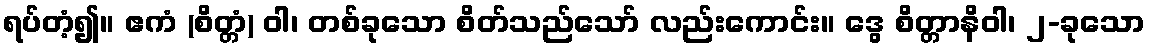
ရပ်တံ့၍။ ဧကံ (စိတ္တံ) ဝါ၊ တစ်ခုသော စိတ်သည်သော် လည်းကောင်း။ ဒွေ စိတ္တာနိဝါ၊ ၂-ခုသော